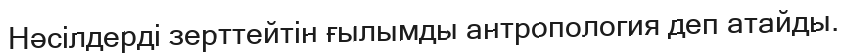
Нәсілдерді зерттейтін ғылымды антропология деп атайды.